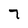
Character: 7